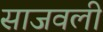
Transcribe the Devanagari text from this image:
साजवली